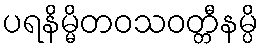
ပရနိမ္မိတဝသဝတ္တီနမ္ပိ